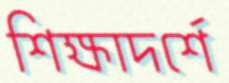
শিক্ষাদর্শে